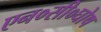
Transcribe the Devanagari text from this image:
एन०सी०घोष